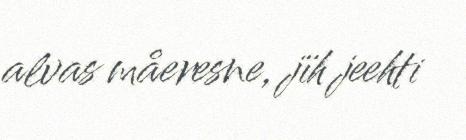
alvas måeresne, jïh jeehti